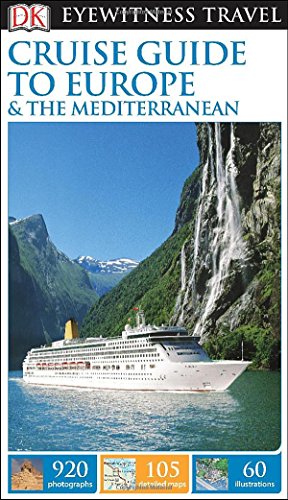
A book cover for DK Eyewitness Travel Guide: Cruise Guide to Europe and the Mediterranean; DK Publishing; Travel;